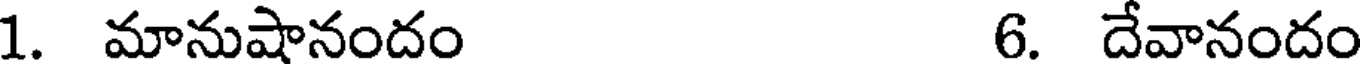
1. మానుషానందం 6. దేవానందం